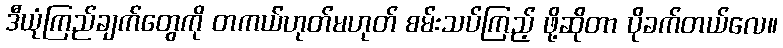
ဒီယုံကြည်ချက်တွေကို တကယ်ဟုတ်မဟုတ် စမ်းသပ်ကြည့် ဖို့ဆိုတာ ပိုခက်တယ်လေ။